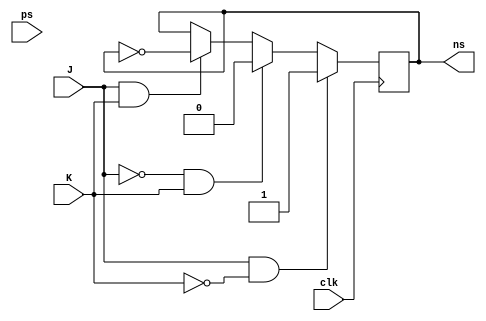
module jk_flip_flop (
    input J,   // input to set the flip-flop
    input K,   // input to reset the flip-flop
    input clk, // clock input
    input ps,  // present state input
    output reg ns // next state output
);

reg q, q_bar; // internal flip-flop states

always @(negedge clk) begin
    if (J && !K) begin
        q <= 1'b1;
        q_bar <= 1'b0;
    end else if (!J && K) begin
        q <= 1'b0;
        q_bar <= 1'b1;
    end else if (J && K) begin
        q <= ~q;
        q_bar <= ~q_bar;
    end else begin
        q <= q;
        q_bar <= q_bar;
    end
end

assign ns = q;

endmodule